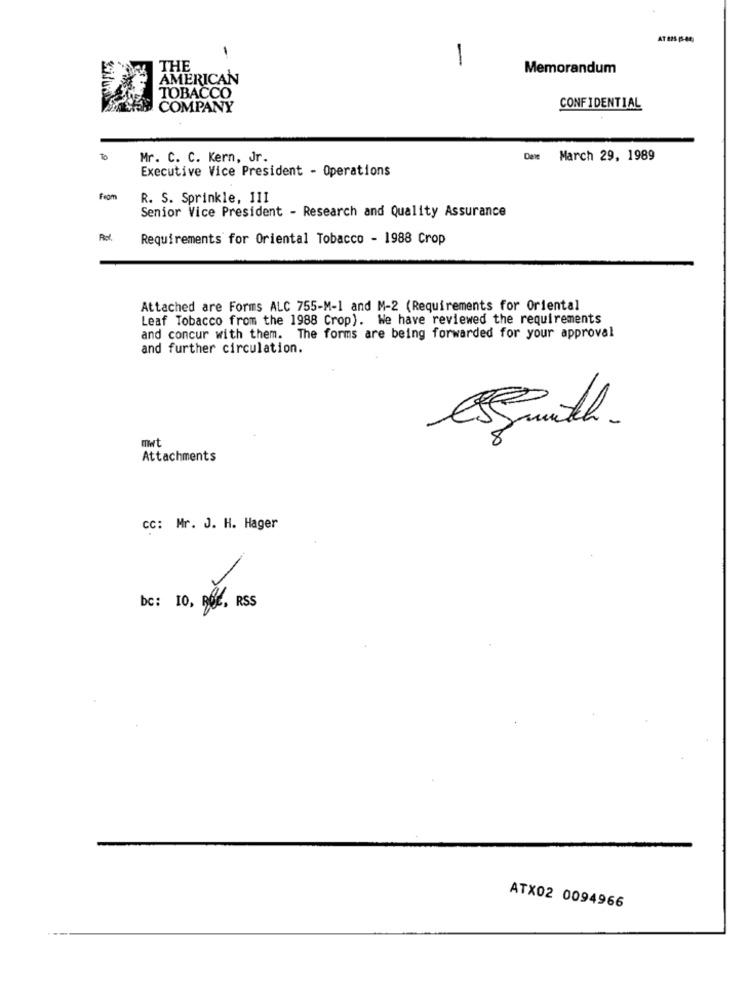
-
1
THE
Memorandum
AMERICAN
TOBACCO
COMPANY
CONFIDENTIAL
To
Mr. C. C. Kern, Jr.
Deme March 29, 1989
Executive Vice President - Operations
from
R. S. Sprinkle, 111
Senior Vice President - Research and Quality Assurance
Rol.
Requirements for Oriental Tobacco - 1988 Crop
Attached are Forms ALC 755-M-1 and M-2 (Requirements for Oriental
Leaf Tobacco from the 1988 Crop). We have reviewed the requirements
and concur with them. The forms are being forwarded for your approval
and further circulation.
mwt
DO
Attachments
CC: Mr. J. H. Hager
bc: 10, RUE, RSS
ATX02 0094966